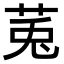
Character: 𫟏